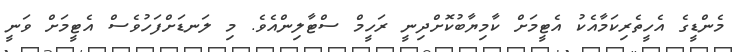
މެންޑީގެ އެހީތެރިކަމާއެކު އެޓީމަށް ކާމިޔާބުކޮށްދިނީ ރަހީމް ސްޓާލިންއެވެ. މި ލަނޑަށްފަހުވެސް އެޓީމަށް ވަނީ